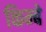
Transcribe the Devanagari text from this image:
किम्बे